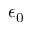
\epsilon _ { 0 }